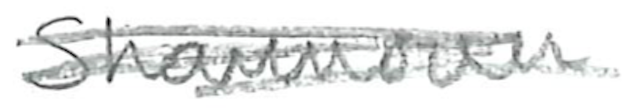
Text: Shannoun
Cross-out: scratch
Writing tool: pencil